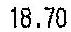
18.70